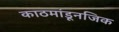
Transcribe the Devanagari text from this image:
काठमांडूनजिक